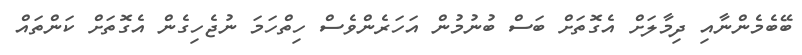
ބޭބެމެންނާއި ދިމާލަށް އެގޮތަށް ބަސް ބުނުމުން އަހަރެންވެސް ހިތްހަމަ ނުޖެހިގެން އެގޮތަށް ކަންތައް